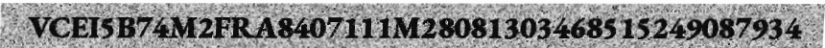
VCEI5B74M2FRA8407111M28081303468515249087934